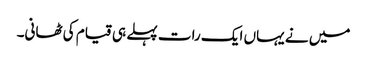
میں نے یہاں ایک رات پہلے ہی قیام کی ٹھانی۔